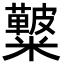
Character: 𥽚